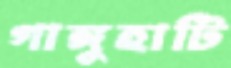
গাঙ্গুহাটি